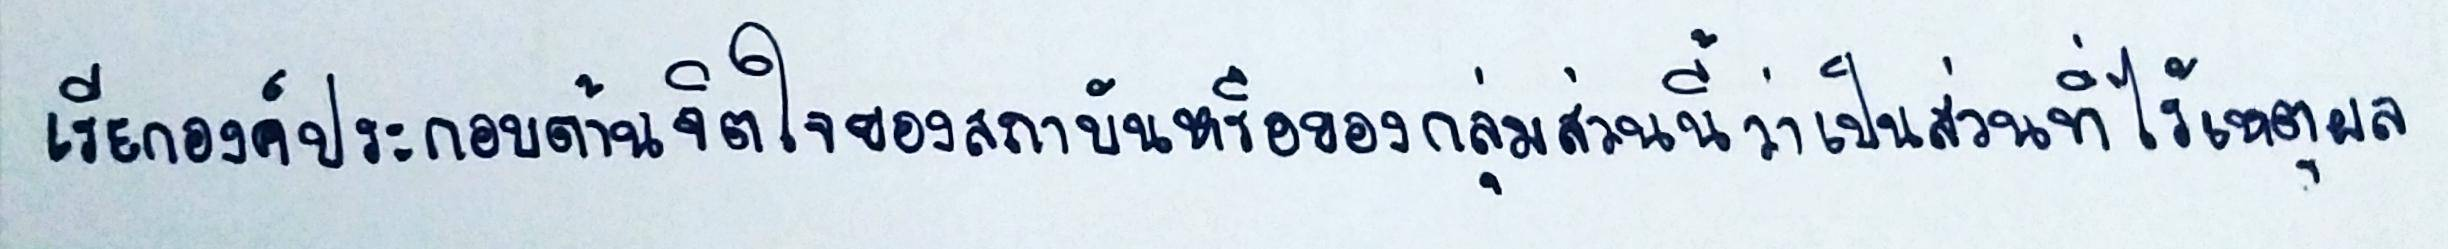
เรียกองค์ประกอบด้านจิตใจของสถาบันหรือของกลุ่มส่วนนี้ว่าเป็นส่วนที่ไร้เหตุผล